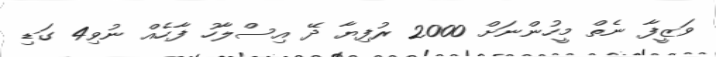
ވަޒީފާ ނެތް މީހުންނަށް 2000 ރުފިޔާ ދޭ އިސްލާހު ފާހެއް ނުވި4 ގަޑި